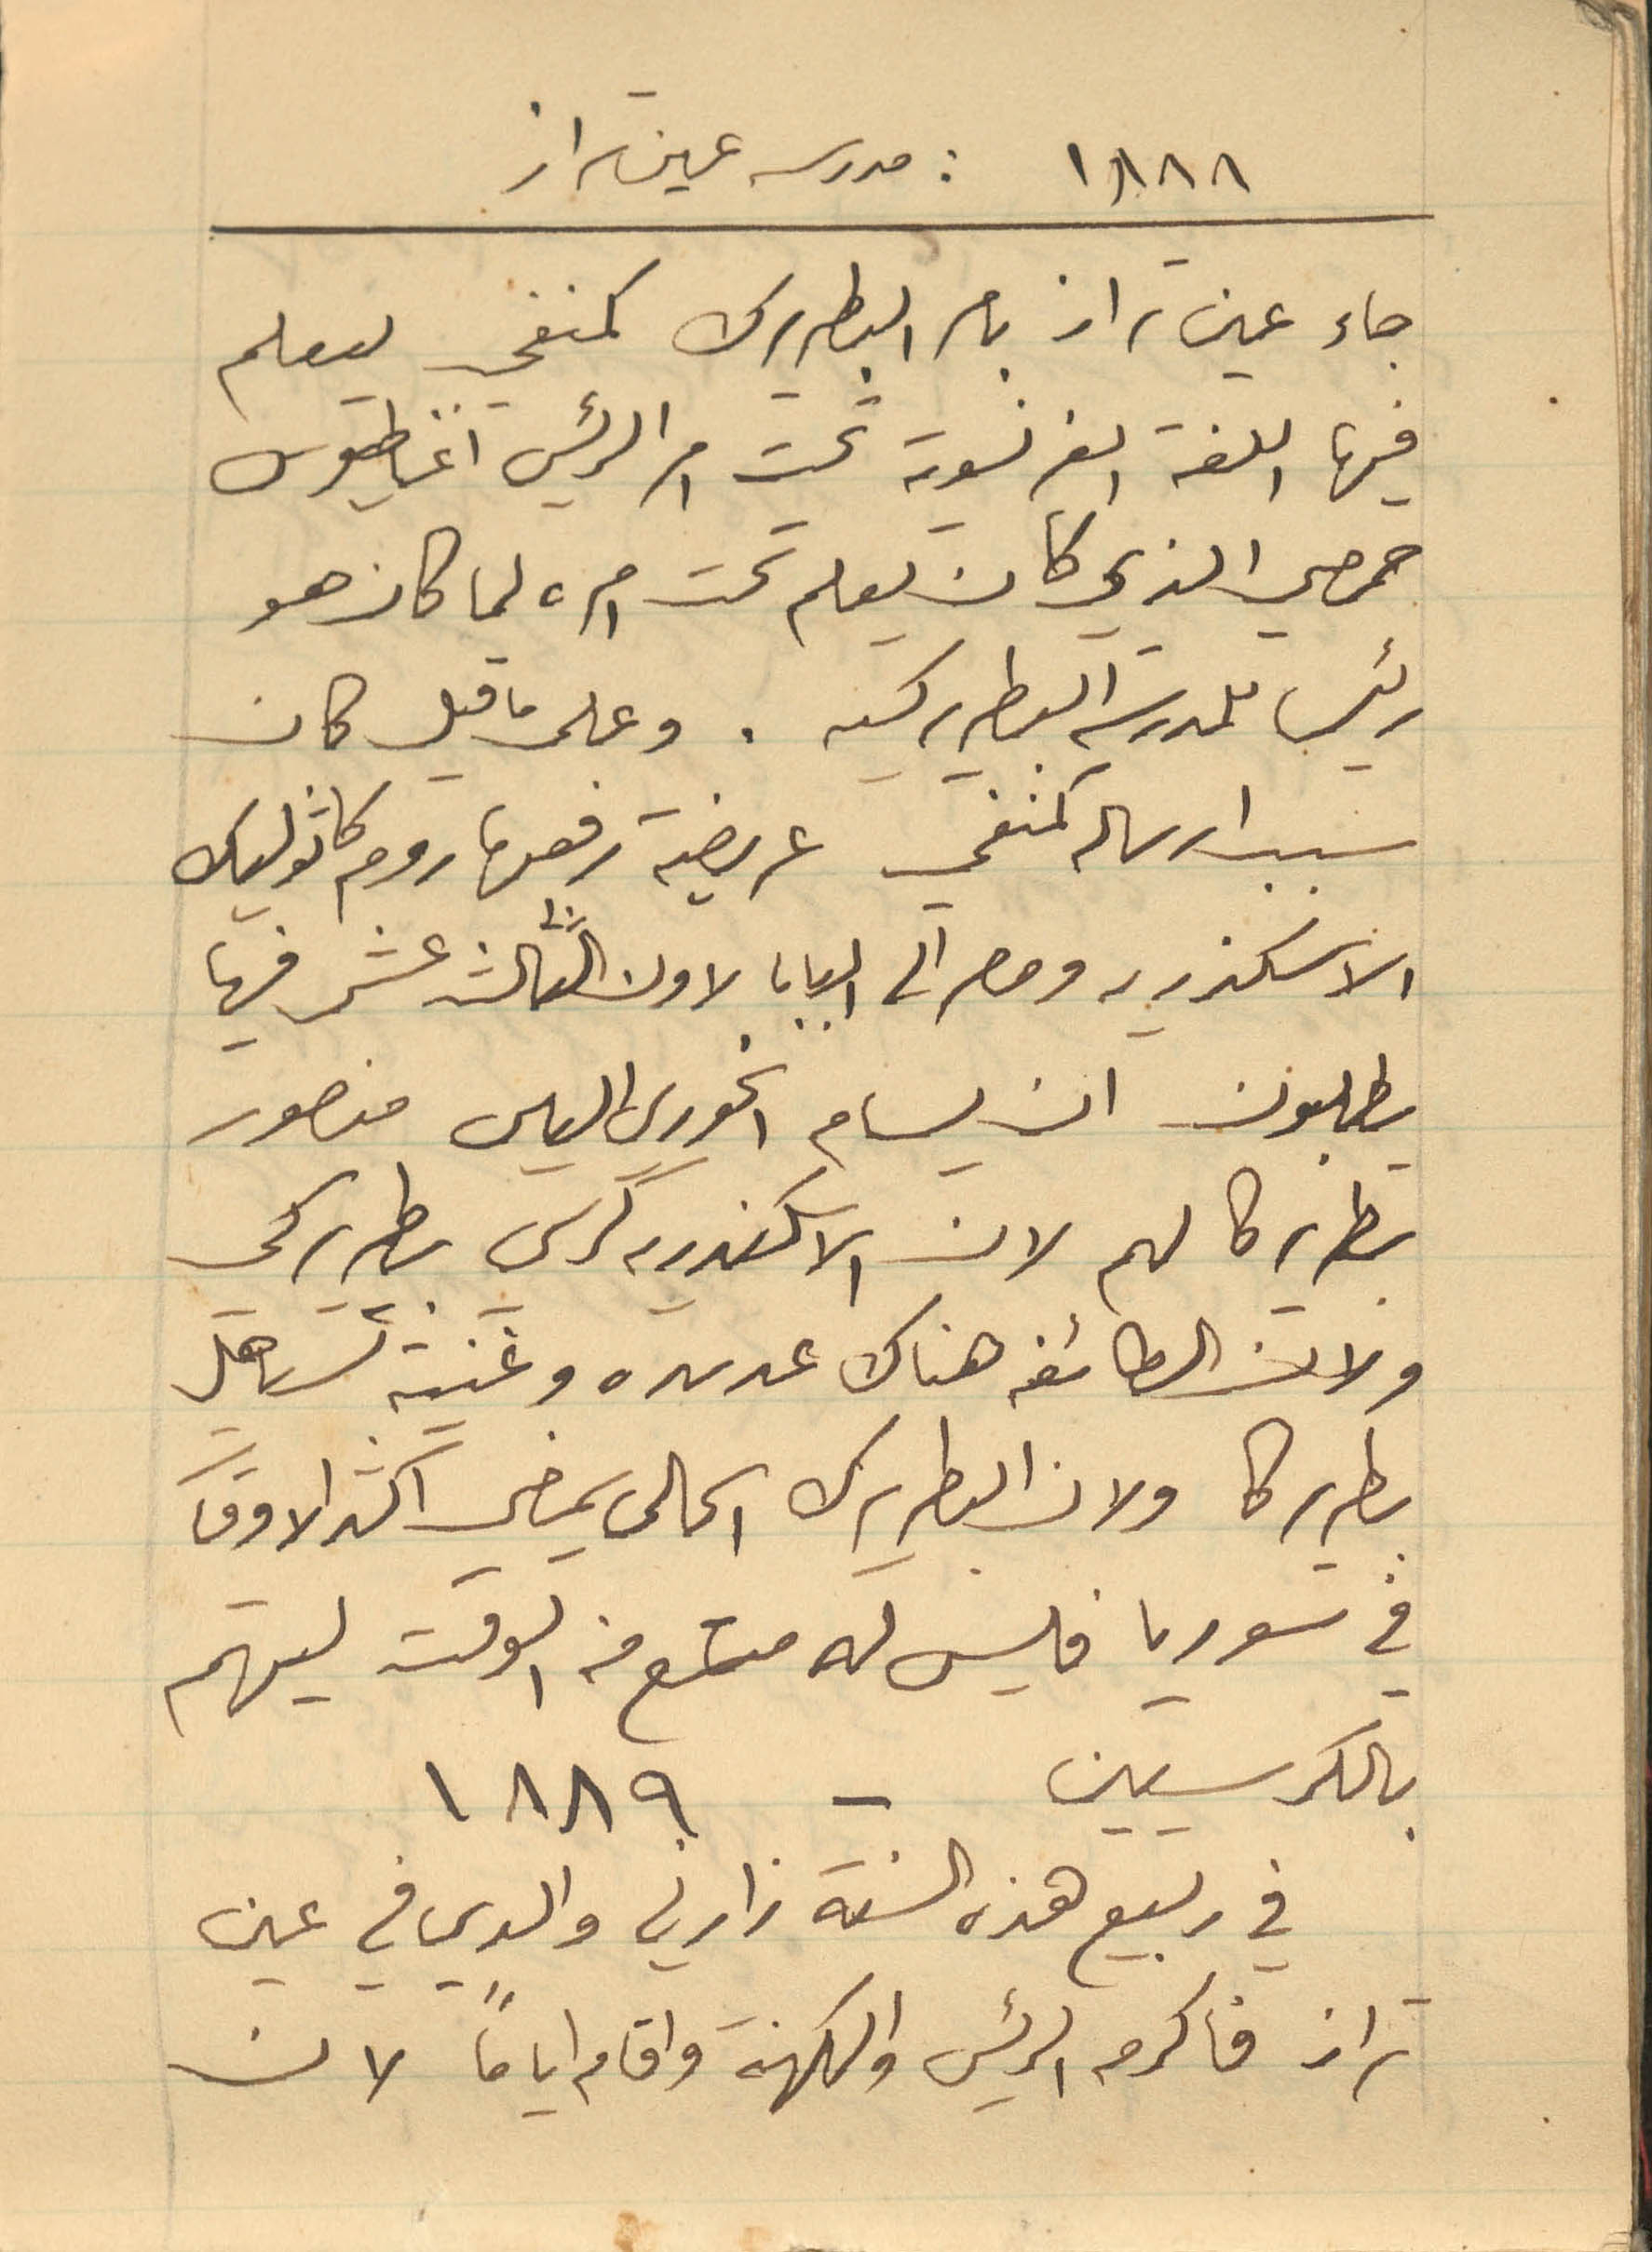
١٨٨٨: مدرسة عين تراز
جاء عين تراز بامر البطريرك كمنفي ليعلم
فيها اللغة الفرنسوية تحت امر الرئيس اغناطيوس
حمصي الذي كان يعلم تحت امره لما كان هو
رئيس للمدرسة البطريركية. وعلى ما قيل كان
سبب ارساله كمنفي عريضة رفعها روم كاثوليك
الاسكندريه ومصر الى البابا لاون الثالث عشر فيها
يطلبون ان يسام الخوري الياس منصور
بطريركا لهم لان السكندريه كرسي بطريركي
ولان الطائفة هناك عديده وغنيه تستاهل
بطريركا ولان البطريرك الحالي يمضي اكثر الاوقات
في سوريا فليس له متسع من الوقت ليهتم
بالكرسيين - ١٨٨٩
في ربيع هذه السنة زارني والدي في عين
تراز فاكرمه الرئيس والكهنة واقام اياماً لان